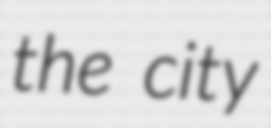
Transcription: the city